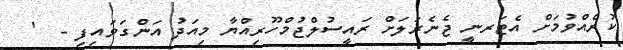
ކުރެއްވުމަށް އެޓަރނީ ޖެނެރަލަށް ރައީސުލްޖުމްހޫރިއްޔާ މިއަދު އަންގަވައިފި -  '